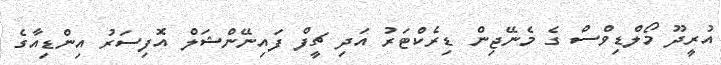
އުރީދޫ މޯލްޑިވްސް ގެ މެނޭޖިން ޑިރެކްޓަރު އަދި ޗީފް ފައިނޭންޝަލް އޮފިސަރު އިންޑިއާގެ